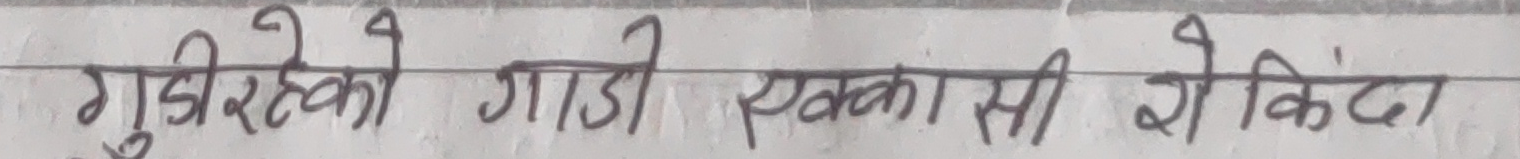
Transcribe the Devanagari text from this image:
गुडीरहेको गाडी एक्कासी रोकिंदा